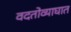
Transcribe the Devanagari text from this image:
वदतोव्याघात